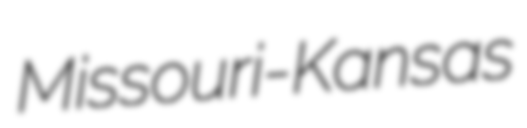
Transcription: Missouri-Kansas